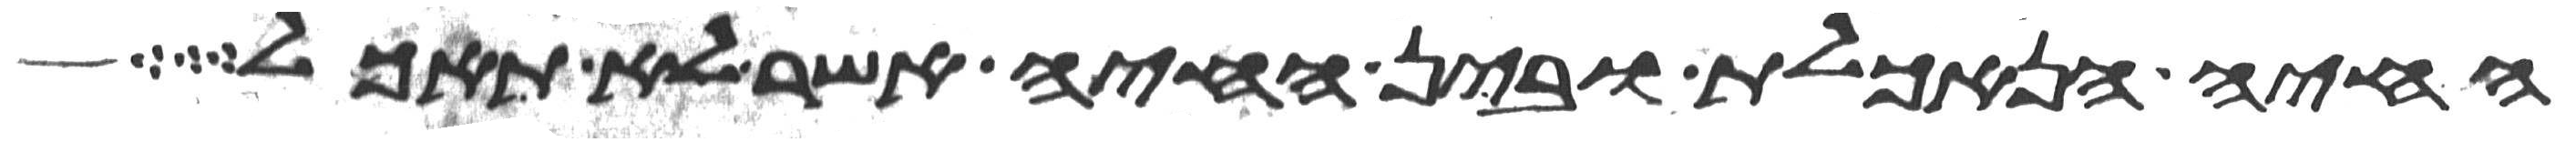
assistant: החיה הנאכלת ובין החיה אשר לא תאכל